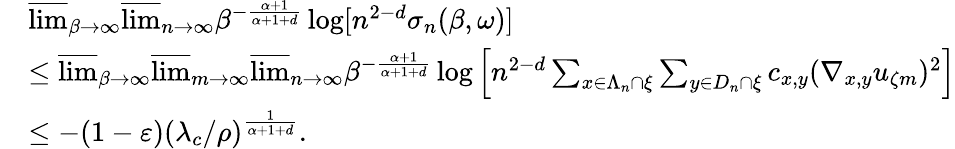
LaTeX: \begin{array}{rl}&{\varlimsup_{\beta\to\infty}\varlimsup_{n\to\infty}\beta^{-\frac{\alpha+1}{\alpha+1+d}}\log[n^{2-d}\sigma_{n}(\beta,\omega)]}\\ &{\leq\varlimsup_{\beta\rightarrow\infty}\varlimsup_{m\rightarrow\infty}\varlimsup_{n\rightarrow\infty}\beta^{-\frac{\alpha+1}{\alpha+1+d}}\log\left[n^{2-d}\sum_{x\in\Lambda_{n}\cap\xi}\sum_{y\in D_{n}\cap\xi}c_{x,y}(\nabla_{x,y}u_{\zeta m})^{2}\right]}\\ &{\leq-(1-\varepsilon)\left(\lambda_{c}/\rho\right)^{\frac{1}{\alpha+1+d}}.}\end{array}